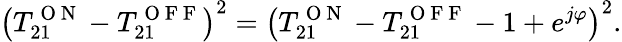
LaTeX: \left(T_{21}^{\mathrm{~O~N~}}-T_{21}^{\mathrm{~O~F~F~}}\right)^{2}=\left(T_{21}^{\mathrm{~O~N~}}-T_{21}^{\mathrm{~O~F~F~}}-1+e^{j\varphi}\right)^{2}.